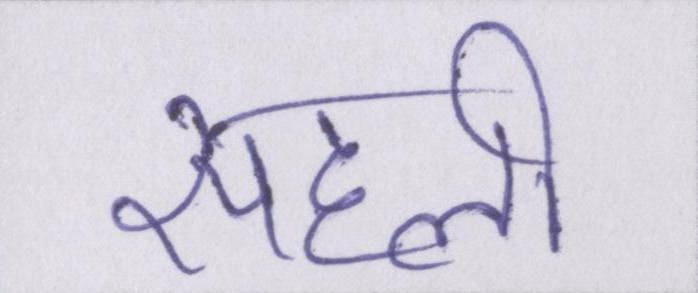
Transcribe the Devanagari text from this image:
सहेली